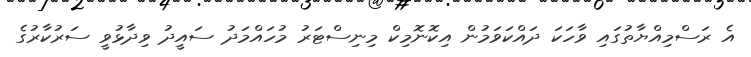
އެ ރަސްމިއްޔާތުގައި ވާހަކަ ދައްކަވަމުން އިކޮނޮމިކް މިނިސްޓަރު މުހައްމަދު ސައީދު ވިދާޅުވީ ސަރުކާރުގެ